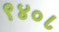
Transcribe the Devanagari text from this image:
९४०८